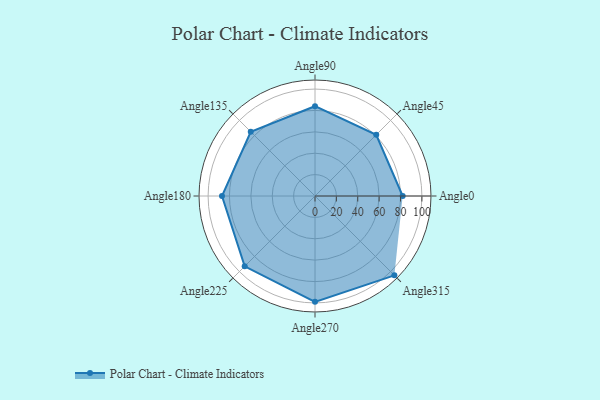
{"axis": {"x": "Angle", "y": "Radius"}, "legend": [""], "data": [{"x": "Angle0", "y": 82.0, "type": ""}, {"x": "Angle45", "y": 81.0, "type": ""}, {"x": "Angle90", "y": 84.0, "type": ""}, {"x": "Angle135", "y": 85.0, "type": ""}, {"x": "Angle180", "y": 87.0, "type": ""}, {"x": "Angle225", "y": 93.0, "type": ""}, {"x": "Angle270", "y": 99.0, "type": ""}, {"x": "Angle315", "y": 105.0, "type": ""}]}